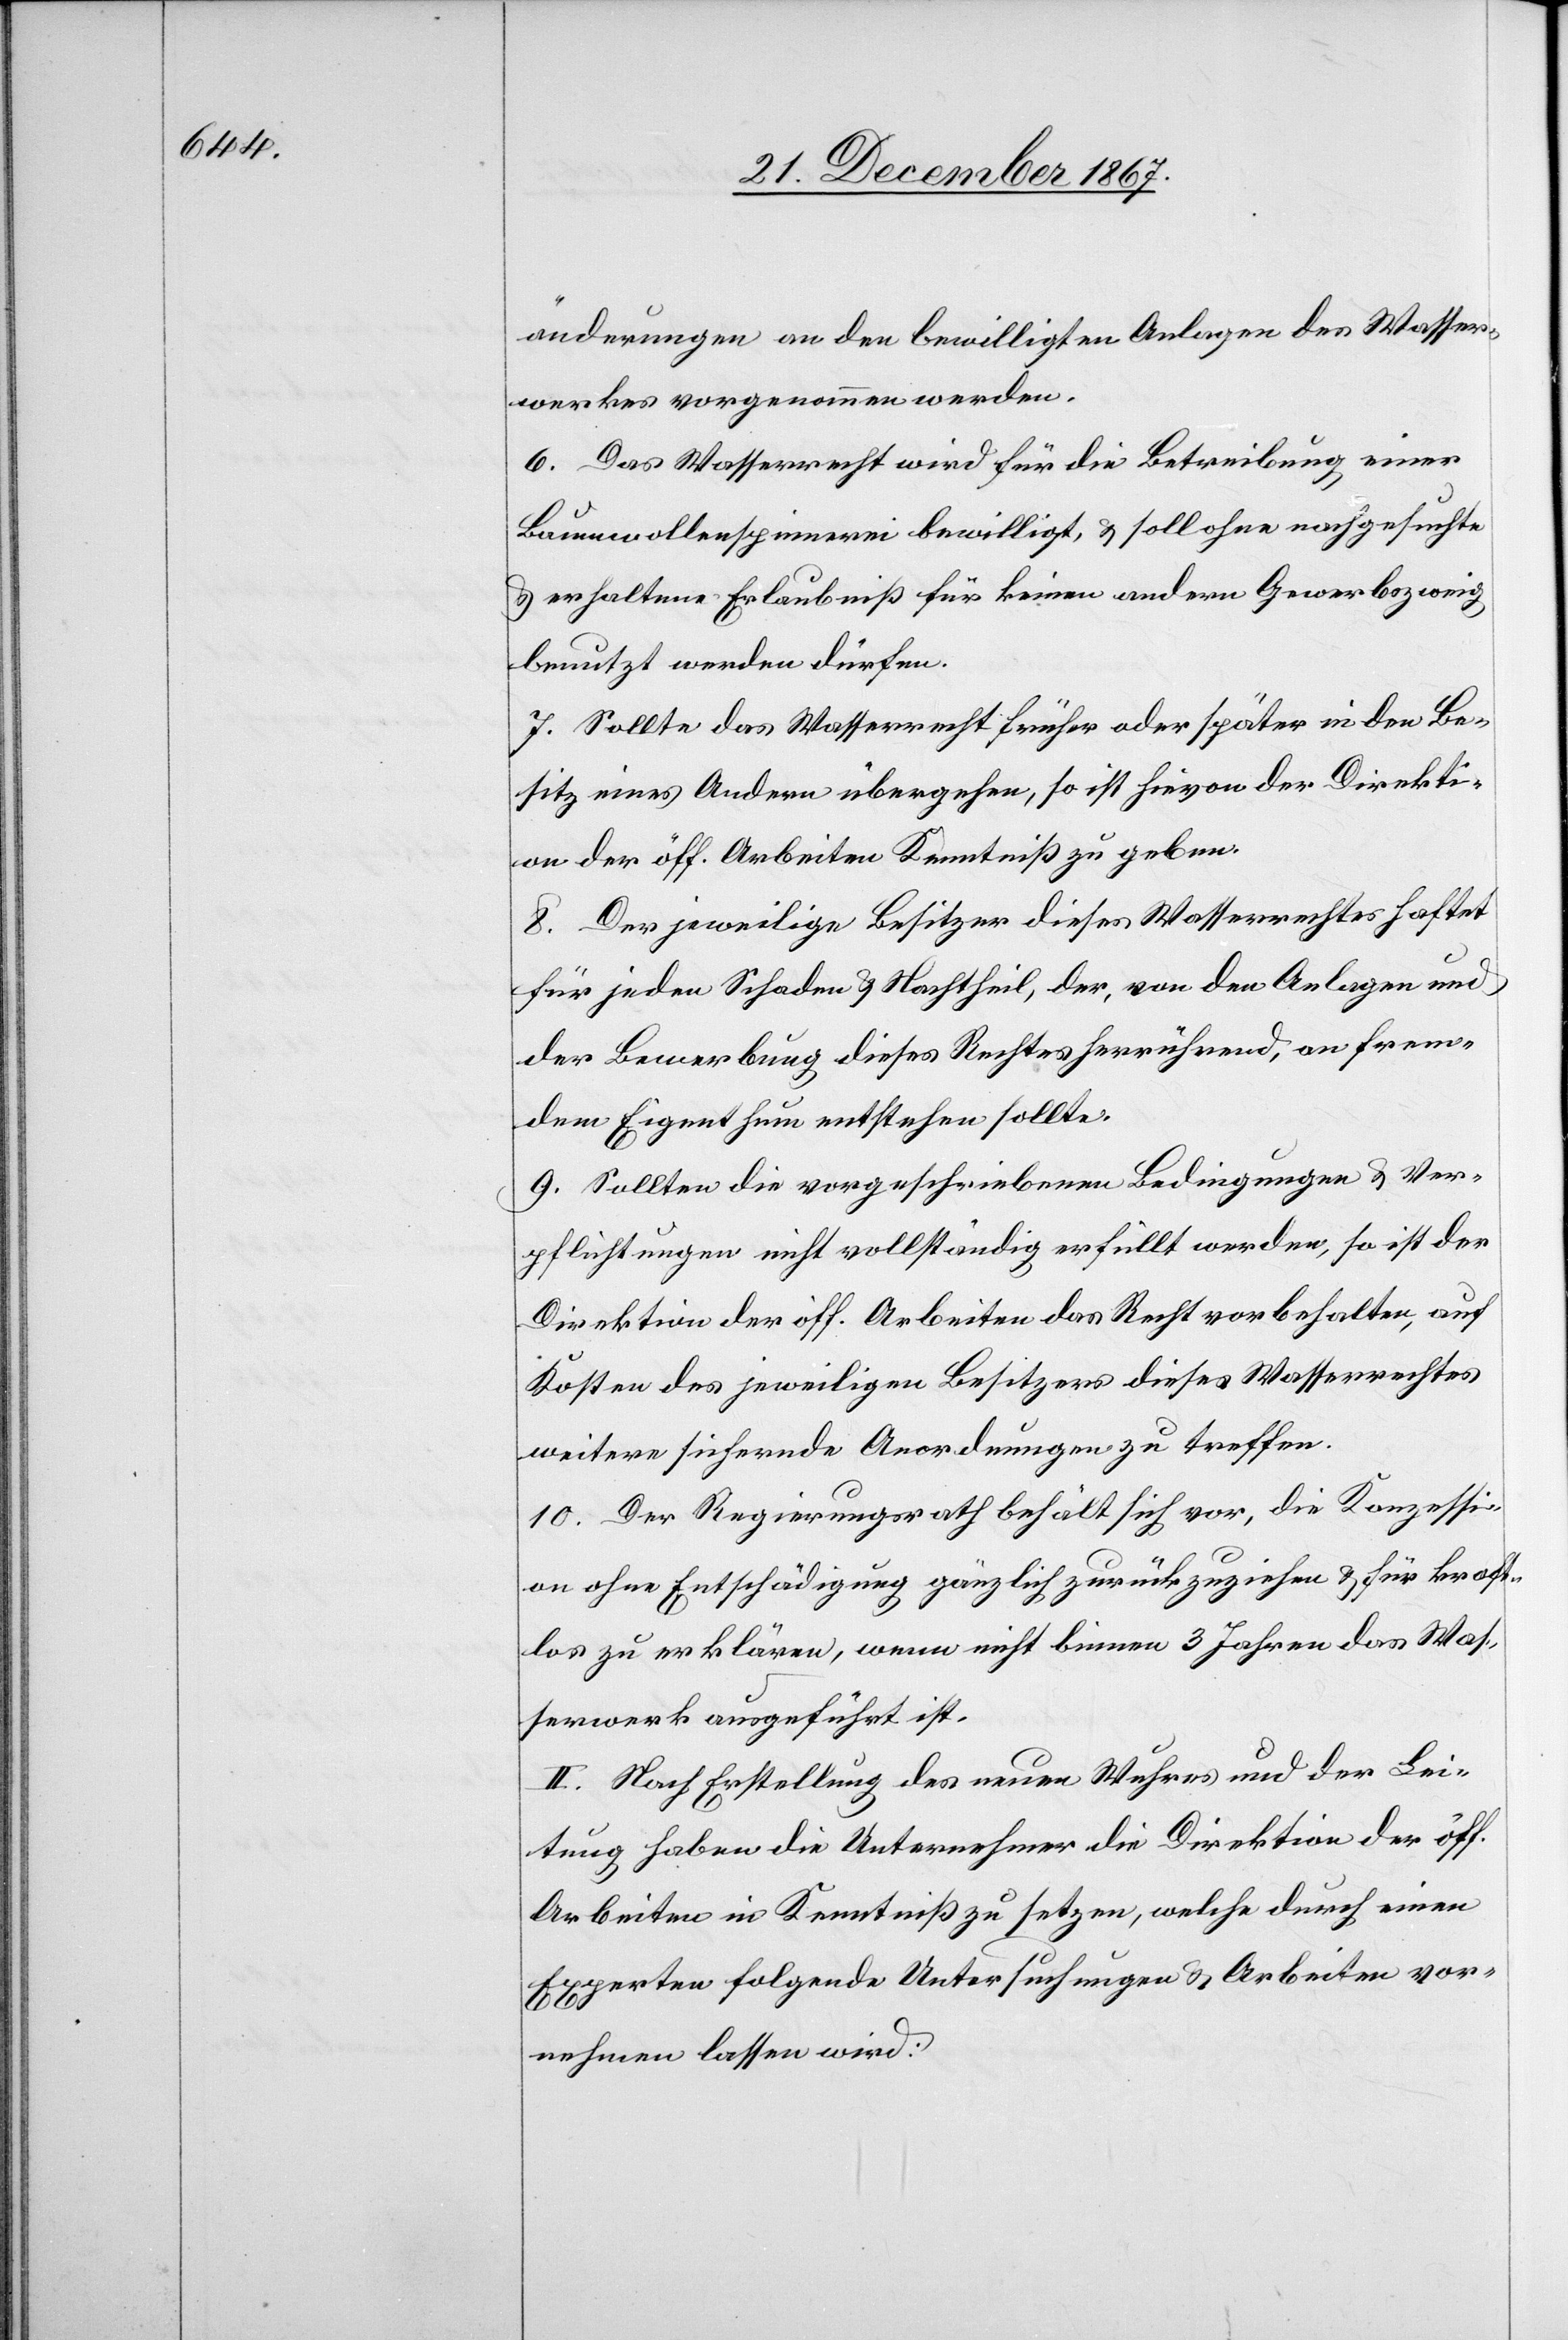
änderungen an den bewilligten Anlangen des Wasser¬
werkes vorgenommen werden.
6. Das Wasserrecht wird für die Betreibung einer
Baumwollespinnerei bewilligt, u. soll ohne nachgesuchte
u. erhaltene Erlaubniß für keinen andern Gewerbszweig
benutzt werden dürfen.
7. Sollte das Wasserrecht früher oder später in den Be¬
sitz eines Andern übergehen, so ist hievon der Direkti¬
on der öff. Arbeiten Kenntniß zu geben.
8. Der jeweilige Besitzer dieses Wasserrechts haftet
für jeden Schaden u. Nachtheil, der, von den Anlangen und
der Bewerbung dieses Rechtes herrührend, an frem¬
dem Eigenthum entstehen sollte.
9. Sollten die vorgeschriebenen Bedingungen u. Ver¬
pflichtungen nicht vollständig erfüllt werden, so ist der
Direktion der öff. Arbeiten das Recht vorbehalten, auf
Kosten des jeweiligen Besitzers dieses Wasserrechtes
weitere sichernde Anordnungen zu treffen.
10. Der Regierungsrath behält sich vor, die Konzessi¬
on ohne Entschädigung gänzlich zurückzuziehen u. für kraft¬
los zu erklären, wenn nicht binnen 3 Jahren das Was¬
serwerk ausgeführt ist.
II. Nach Erstellung des neuen Wuhres und der Lei¬
tung haben die Unternehmer die Direktion der öff.
Arbeiten in Kenntniß zu setzen, welche durch einen
Experten folgende Untersuchungen u. Arbeiten vor¬
nehmen lassen wird: